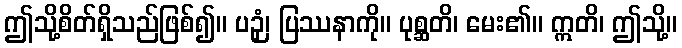
ဤသို့စိတ်ရှိသည်ဖြစ်၍။ ပဉှံ၊ ပြဿနာကို။ ပုစ္ဆတိ၊ မေး၏။ ဣတိ၊ ဤသို့။